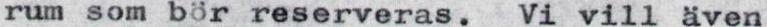
rum som bör reserveras. Vi vill även